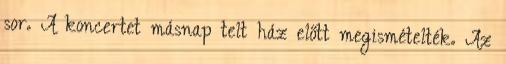
sor. A koncertet másnap telt ház előtt megismételték. Az